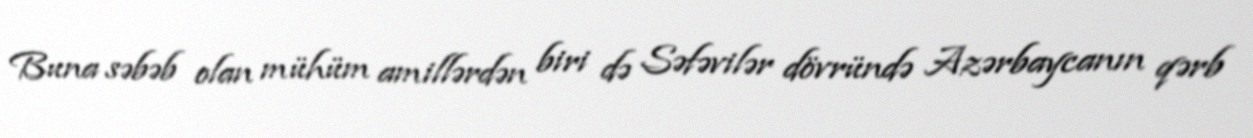
Buna səbəb olan mühüm amillərdən biri də Səfəvilər dövründə Azərbaycanın qərb